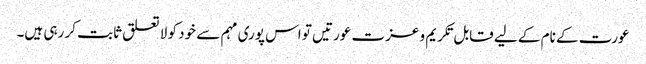
عورت کے نام کے لیے قابل تکریم و عزت عورتیں تو اس پوری مہم سے خود کو لا تعلق ثابت کر رہی ہیں۔